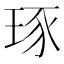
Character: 琢